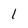
Character: l